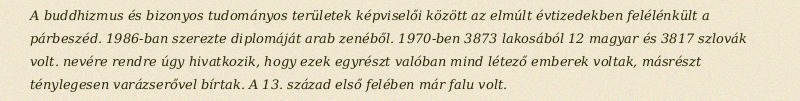
A buddhizmus és bizonyos tudományos területek képviselői között az elmúlt évtizedekben felélénkült a párbeszéd. 1986-ban szerezte diplomáját arab zenéből. 1970-ben 3873 lakosából 12 magyar és 3817 szlovák volt. nevére rendre úgy hivatkozik, hogy ezek egyrészt valóban mind létező emberek voltak, másrészt ténylegesen varázserővel bírtak. A 13. század első felében már falu volt.